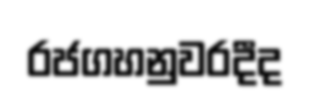
රජගහනුවරදීද